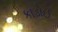
કાડોઈ